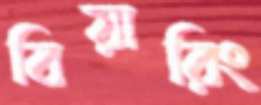
বিয়ারিং